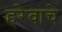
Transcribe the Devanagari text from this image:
हरेवाचे